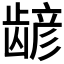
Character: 𫜮